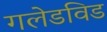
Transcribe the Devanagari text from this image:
गलेडविड